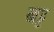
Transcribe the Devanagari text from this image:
खट्ट